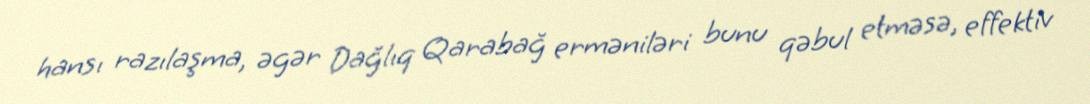
hansı razılaşma, əgər Dağlıq Qarabağ erməniləri bunu qəbul etməsə, effektiv